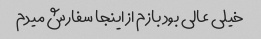
خیلی عالی بود بازم از اینجا سفارش میدم